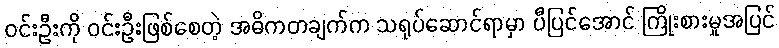
ဝင်းဦးကို ဝင်းဦးဖြစ်စေတဲ့ အဓိကတချက်က သရုပ်ဆောင်ရာမှာ ပီပြင်အောင် ကြိုးစားမှုအပြင်